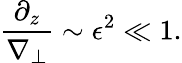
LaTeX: \frac{\partial_{z}}{\nabla_{\perp}}\sim\epsilon^{2}\ll 1.